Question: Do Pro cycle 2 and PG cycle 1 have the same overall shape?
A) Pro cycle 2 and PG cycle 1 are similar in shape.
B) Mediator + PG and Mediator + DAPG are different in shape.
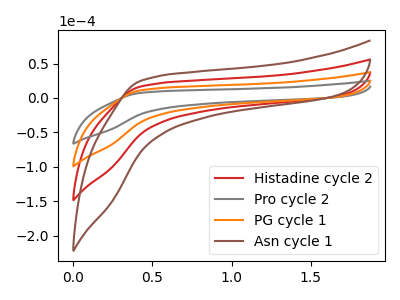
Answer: <think>The red curve "Histadine cycle 2" has no peaks. The gray curve "Pro cycle 2" has no peaks. The orange curve "PG cycle 1" has no peaks. The brown curve "Asn cycle 1" has no peaks.
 Neither "Pro cycle 2" or "PG cycle 1" have any peaks.</think>
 <answer>A) "Pro cycle 2" and "PG cycle 1" are similar in shape.</answer>
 <eval>A</eval>